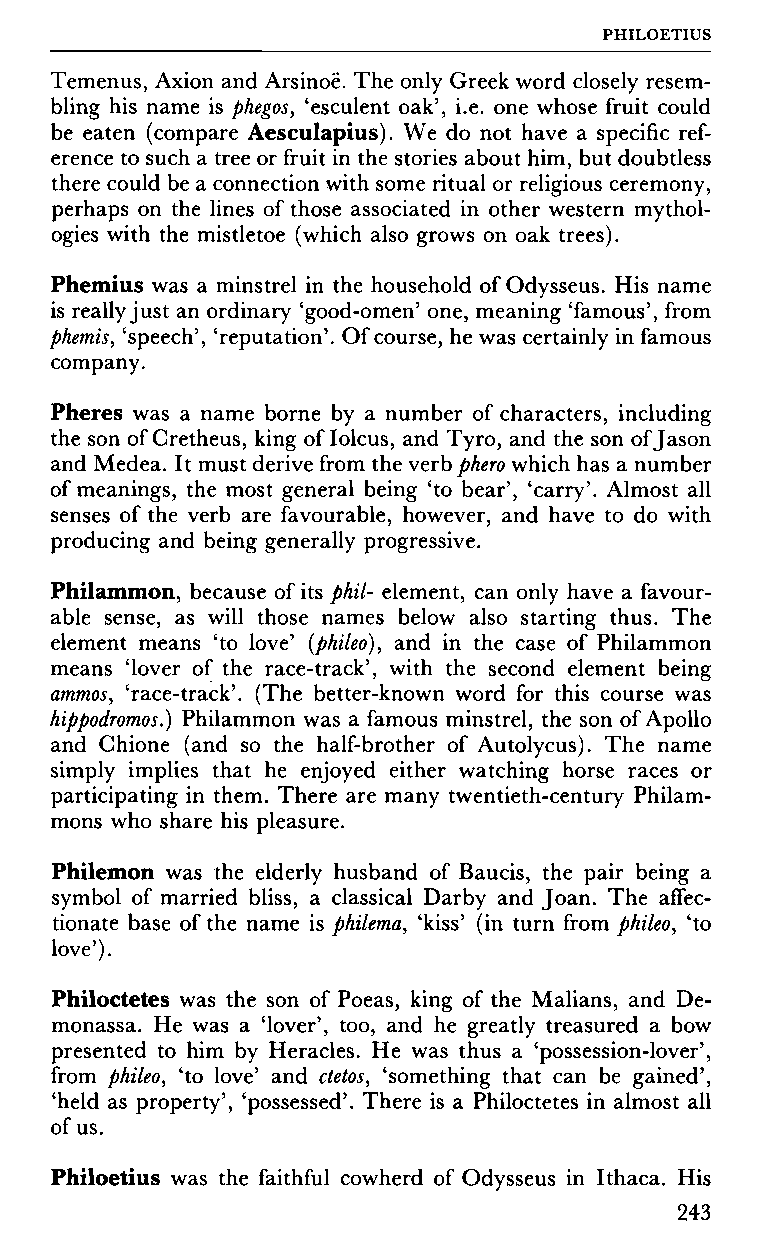
PHILOETIUS
 Temenus, Axion and Arsinoë. The only Greek word closely resem
 bling his name is phegos, 'esculent oak', i.e. one whose fruit could
 be eaten (compare Aesculapius). We do not have a specific ref
 erence to such a tree or fruit in the stories about him, but doubtless
 there could be a connection with some ritual or religious ceremony,
 perhaps on the lines of those associated in other western mythol
 ogies with the mistletoe (which also grows on oak trees).
 Phemius was a minstrel in the household of Odysseus. His name
 is really just an ordinary 'good-omen' one, meaning 'famous', from
 phemis, 'speech', 'reputation'. Of course, he was certainly in famous
 company.
 Pheres was a name borne by a number of characters, including
 the son of Cretheus, king of Iolcus, and Tyro, and the son of Jason
 and Medea. It must derive from the verb phero which has a number
 of meanings, the most general being 'to bear', 'carry'. Almost all
 senses of the verb are favourable, however, and have to do with
 producing and being generally progressive.
 Philammon, because of its phil- element, can only have a favour
 able sense, as will those names below also starting thus. The
 element means 'to love' (phileo), and in the case of Philammon
 means 'lover of the race-track', with the second element being
 ammos, 'race-track'. (The better-known word for this course was
 hippodromos.) Philammon was a famous minstrel, the son of Apollo
 and Chione (and so the half-brother of Autolycus). The name
 simply implies that he enjoyed either watching horse races or
 participating in them. There are many twentieth-century Philam-
 mons who share his pleasure.
 Philemon was the elderly husband of Baucis, the pair being a
 symbol of married bliss, a classical Darby and Joan. The affec
 tionate base of the name is philema, 'kiss' (in turn from phileo, 'to
 love').
 Philoctetes was the son of Poeas, king of the Malians, and De-
 monassa. He was a 'lover', too, and he greatly treasured a bow
 presented to him by Heracles. He was thus a 'possession-lover',
 from phileo, 'to love' and ctetos, 'something that can be gained',
 'held as property', 'possessed'. There is a Philoctetes in almost all
 of us.
 Philoetius was the faithful cowherd of Odysseus in Ithaca. His
 243